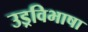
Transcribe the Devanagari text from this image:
उड्रविभाषा